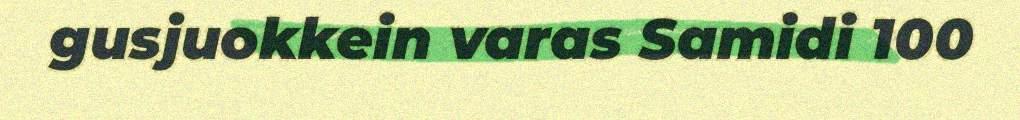
gusjuokkein varas Samidi 100